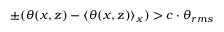
\pm ( \theta ( x , z ) - \langle \theta ( x , z ) \rangle _ { x } ) > c \cdot \theta _ { r m s }